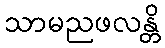
သာမညဖလန္တိ